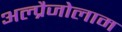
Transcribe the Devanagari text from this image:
अल्प्रैजोलाम